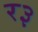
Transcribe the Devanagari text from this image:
र३